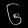
Digit: ၆